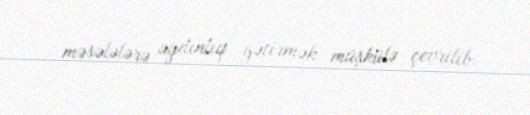
məsələlərə aydınlıq gətirmək müşkülə çevrilib.